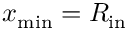
x _ { \mathrm { m i n } } = R _ { \mathrm { i n } }